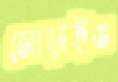
জোড়াইও